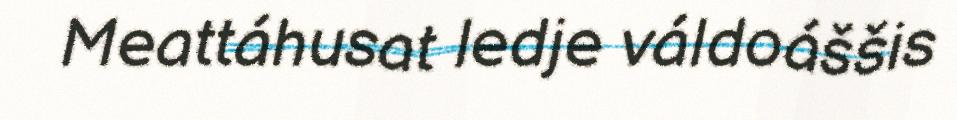
Meattáhusat ledje váldoáššis